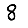
Digit: 8